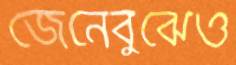
জেনেবুঝেও